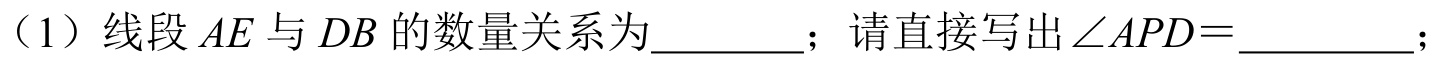
（1）线段$AE$与$DB$的数量关系为________；请直接写出$\angle APD=$________；